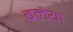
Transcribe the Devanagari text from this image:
बलैया